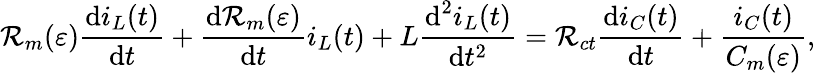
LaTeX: \mathcal{R}_{m}(\varepsilon)\frac{{\textrm{{d}}i_{L}(t)}}{{\textrm{{d}}t}}+\frac{{\textrm{{d}}\mathcal{R}_{m}(\varepsilon)}}{{\textrm{{d}}t}}i_{L}(t)+L\frac{{\textrm{{d}}^{2}i_{L}(t)}}{{\textrm{{d}}t^{2}}}=\mathcal{R}_{ct}\frac{{\textrm{{d}}i_{C}(t)}}{{\textrm{{d}}t}}+\frac{{i_{C}(t)}}{{C_{m}(\varepsilon)}},